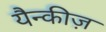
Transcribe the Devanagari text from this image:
यैन्कीज़